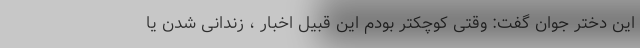
این دختر جوان گفت: وقتی کوچکتر بودم این قبیل اخبار ، زندانی شدن یا